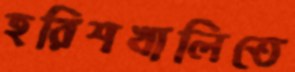
হরিশখালিতে